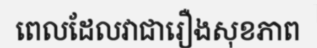
ពេលដែលវាជារឿងសុខភាព